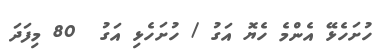
ހުށަހެޅޭ އެންމެ ހެޔޮ އަގު / ހުށަހެޅި އަގު  80 މިފަދަ